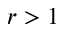
r > 1